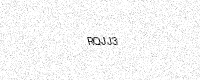
Text: RQJJ3